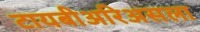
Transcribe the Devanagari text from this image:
टायबीअरिअसला